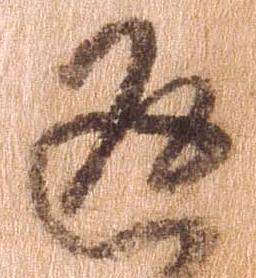
返